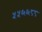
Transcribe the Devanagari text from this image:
५५६६८८